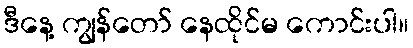
ဒီနေ့ ကျွန်တော် နေထိုင်မ ကောင်းပါ။